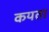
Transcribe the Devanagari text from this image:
कयता